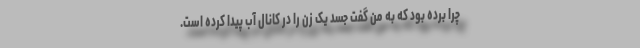
چرا برده بود که به من گفت جسد یک زن را در کانال آب پیدا کرده است.